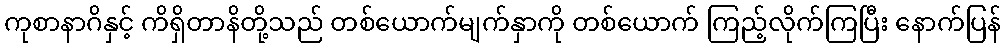
ကုစာနာဂိနှင့် ကိရှိတာနိတို့သည် တစ်ယောက်မျက်နှာကို တစ်ယောက် ကြည့်လိုက်ကြပြီး နောက်ပြန်